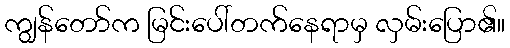
ကျွန်တော်က မြင်းပေါ်တက်နေရာမှ လှမ်းပြော၏။